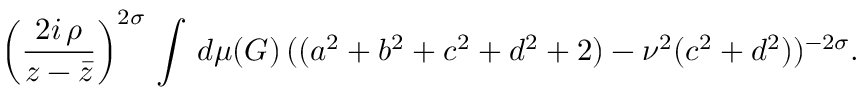
\left( \frac { 2 i \, \rho } { z - \bar { z } } \right) ^ { 2 \sigma } \, \int \, d \mu ( G ) \, ( ( a ^ { 2 } + b ^ { 2 } + c ^ { 2 } + d ^ { 2 } + 2 ) - \nu ^ { 2 } ( c ^ { 2 } + d ^ { 2 } ) ) ^ { - 2 \sigma } .